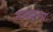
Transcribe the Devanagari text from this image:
नवदान्य